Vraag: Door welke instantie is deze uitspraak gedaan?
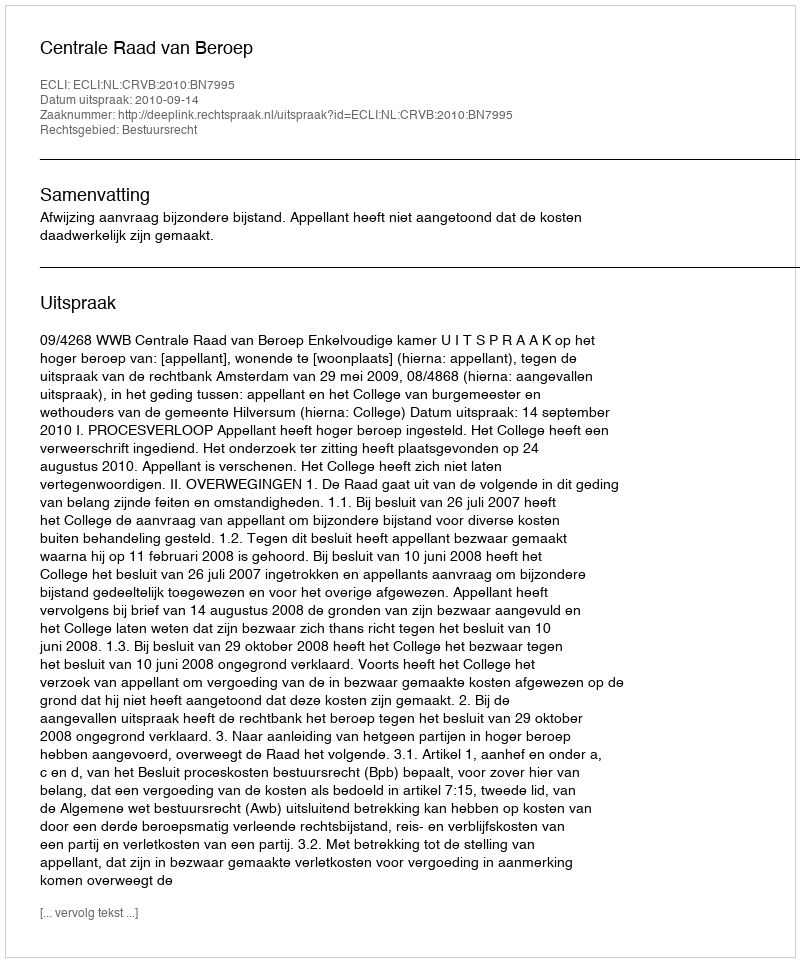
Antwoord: Centrale Raad van Beroep